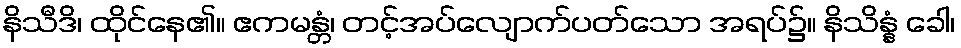
နိသီဒိ၊ ထိုင်နေ၏။ ဧကမန္တံ၊ တင့်အပ်လျောက်ပတ်သော အရပ်၌။ နိသိန္နံ ခေါ၊